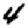
Digit: 4